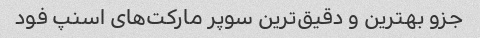
جزو بهترین و دقیق‌ترین سوپر مارکت‌های اسنپ فود